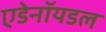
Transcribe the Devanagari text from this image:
एडेनॉयडल